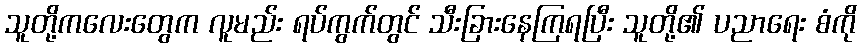
သူတို့ကလေးတွေက လူမည်း ရပ်ကွက်တွင် သီးခြားနေကြရပြီး သူတို့၏ ပညာရေး စံကို